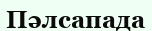
Пәлсапада